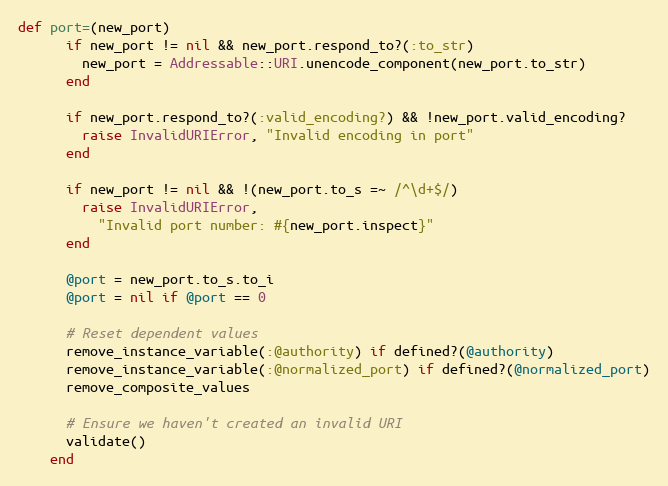
Language: Ruby
def port=(new_port)
      if new_port != nil && new_port.respond_to?(:to_str)
        new_port = Addressable::URI.unencode_component(new_port.to_str)
      end

      if new_port.respond_to?(:valid_encoding?) && !new_port.valid_encoding?
        raise InvalidURIError, "Invalid encoding in port"
      end

      if new_port != nil && !(new_port.to_s =~ /^\d+$/)
        raise InvalidURIError,
          "Invalid port number: #{new_port.inspect}"
      end

      @port = new_port.to_s.to_i
      @port = nil if @port == 0

      # Reset dependent values
      remove_instance_variable(:@authority) if defined?(@authority)
      remove_instance_variable(:@normalized_port) if defined?(@normalized_port)
      remove_composite_values

      # Ensure we haven't created an invalid URI
      validate()
    end